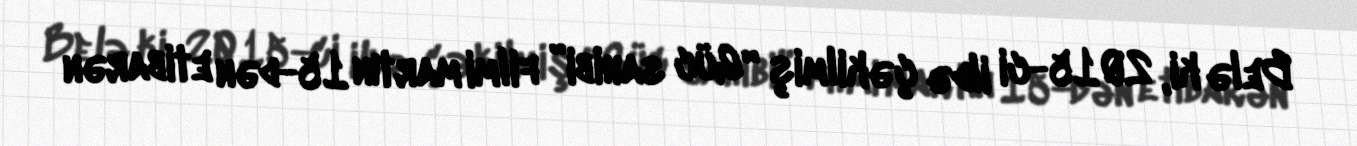
Belə ki, 2015-ci ildə çəkilmiş “Güc sahibi” filmi martın 15-dən etibarən